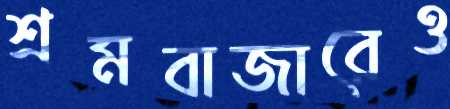
শ্রমবাজারেও